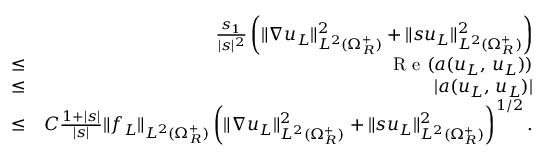
\begin{array} { r l r } & { } & { \frac { s _ { 1 } } { | s | ^ { 2 } } \left( \| \nabla u _ { L } \| _ { L ^ { 2 } ( \Omega _ { R } ^ { + } ) } ^ { 2 } + \| s u _ { L } \| _ { L ^ { 2 } ( \Omega _ { R } ^ { + } ) } ^ { 2 } \right) } \\ & { \leq } & { \textnormal { R e } ( a ( u _ { L } , \, u _ { L } ) ) } \\ & { \leq } & { | a ( u _ { L } , \, u _ { L } ) | } \\ & { \leq } & { C \frac { 1 + | s | } { | s | } \| f _ { L } \| _ { L ^ { 2 } ( \Omega _ { R } ^ { + } ) } \left( \| \nabla u _ { L } \| _ { L ^ { 2 } ( \Omega _ { R } ^ { + } ) } ^ { 2 } + \| s u _ { L } \| _ { L ^ { 2 } ( \Omega _ { R } ^ { + } ) } ^ { 2 } \right) ^ { 1 / 2 } . } \end{array}